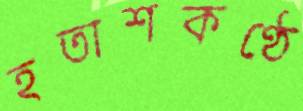
হতাশকণ্ঠে